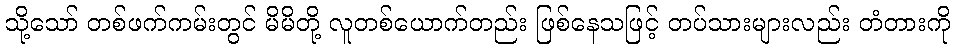
သို့သော် တစ်ဖက်ကမ်းတွင် မိမိတို့ လူတစ်ယောက်တည်း ဖြစ်နေသဖြင့် တပ်သားများလည်း တံတားကို